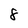
Character: 8